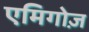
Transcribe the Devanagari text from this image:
एमिगोज़